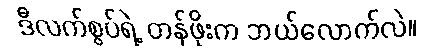
ဒီလက်စွပ်ရဲ့ တန်ဖိုးက ဘယ်လောက်လဲ။